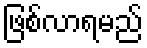
ဖြစ်လာရမည်